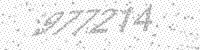
Solution: 977214